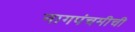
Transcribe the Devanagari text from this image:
नागपंचमीची